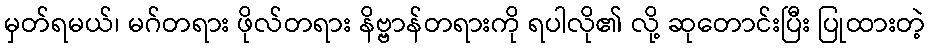
မှတ်ရမယ်၊ မဂ်တရား ဖိုလ်တရား နိဗ္ဗာန်တရားကို ရပါလို၏ လို့ ဆုတောင်းပြီး ပြုထားတဲ့